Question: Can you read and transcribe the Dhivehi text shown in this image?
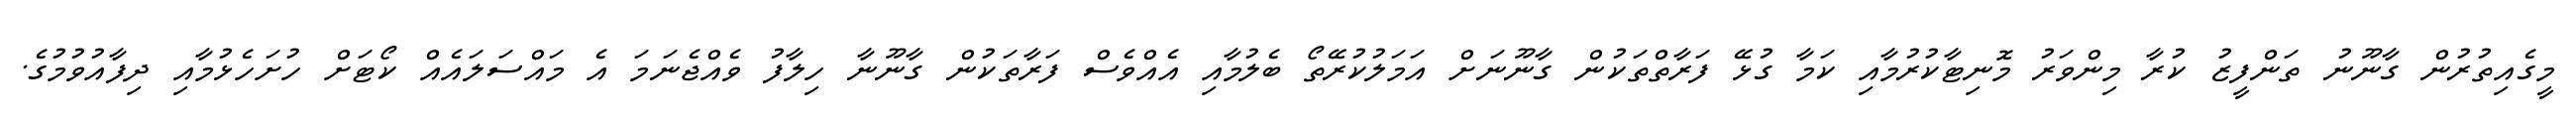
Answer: މީގެއިތުރުން ގާނޫނު ތަންފީޒު ކުރާ މިންވަރު މޮނިޓާކުރުމާއި ކަމާ ގުޅޭ ފަރާތްތަކުން ގާނޫނަށް އަމަލުކުރޭތޯ ބެލުމާއި އެއްވެސް ފަރާތަކުން ގާނޫނާ ހިލާފު ވެއްޖެނަމަ އެ މައްސަލައެއް ކޯޓަށް ހުށަހެޅުމާއި ދިފާއުވުމުގެ.